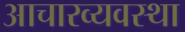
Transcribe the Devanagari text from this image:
आचारव्यवस्था